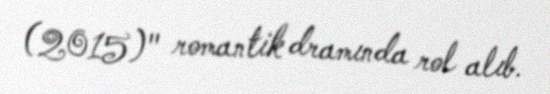
(2015)" romantik dramında rol alıb.